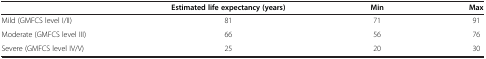
<table><thead><tr><td><b> </b></td><td><b>Estimated life expectancy (years)</b></td><td><b>Min</b></td><td><b>Max</b></td></tr></thead><tbody><tr><td>Mild (GMFCS level I/II)</td><td>81</td><td>71</td><td>91</td></tr><tr><td>Moderate (GMFCS level III)</td><td>66</td><td>56</td><td>76</td></tr><tr><td>Severe (GMFCS level IV/V)</td><td>25</td><td>20</td><td>30</td></tr></tbody></table>